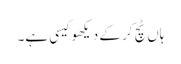
ہاں ٹچ کر کے دیکھو کیسی ہے۔